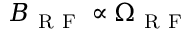
B _ { \mathrm { ~ R ~ F ~ } } \propto \Omega _ { \mathrm { ~ R ~ F ~ } }